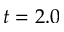
t = 2 . 0